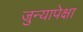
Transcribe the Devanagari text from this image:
जुन्यापेक्षा